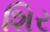
શિર